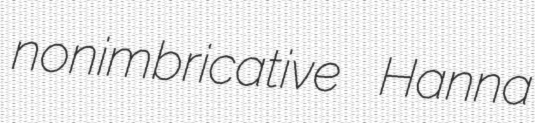
nonimbricative Hanna